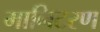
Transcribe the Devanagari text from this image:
मानिटरण